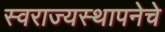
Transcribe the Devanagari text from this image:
स्वराज्यस्थापनेचे